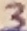
Text: 3